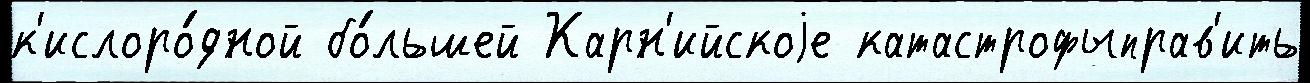
к'ислоро́дной бо́льшей Карн'ийскоjе катастрофыправ'ить